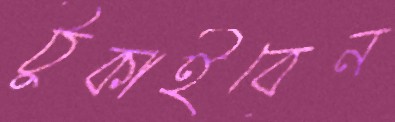
ঠুকাইবেন